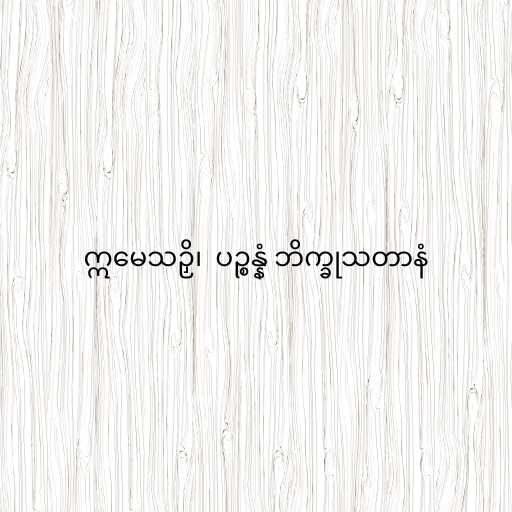
ဣမေသဉှိ၊  ပဉ္စန္နံ ဘိက္ခုသတာနံ